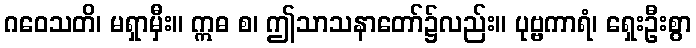
ဂဝေသတိ၊ မရှာမှီး။ ဣဓ စ၊ ဤသာသနာတော်၌လည်း။ ပုဗ္ဗကာရံ၊ ရှေးဦးစွာ